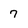
Character: 7